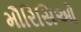
મૌરિસિઓ